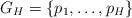
LaTeX: \begin{align*}G_H=\{ p_1, \ldots, p_H \}\end{align*}